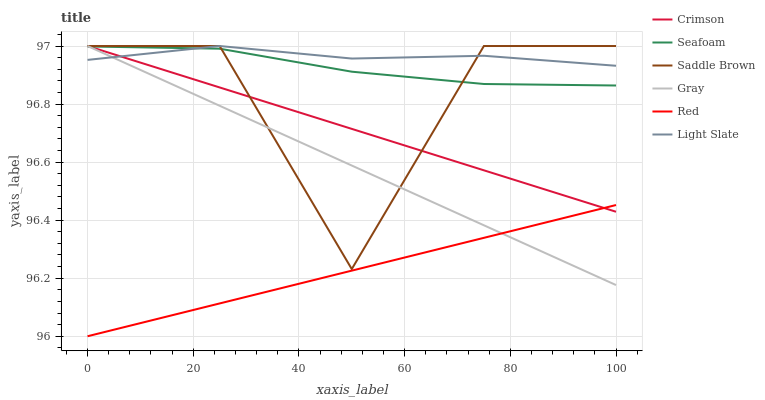
| xaxis_label | Crimson | Seafoam | Saddle Brown | Gray | Red | Light Slate |
 | --- | --- | --- | --- | --- | --- | --- |
 | 0 | 97 | 97 | 97 | 97 | 96 | 97 |
 | 25 | 96.9 | 97 | 97 | 96.8 | 96.1 | 97 |
 | 50 | 96.7 | 96.9 | 96.2 | 96.6 | 96.2 | 97 |
 | 75 | 96.6 | 96.9 | 97 | 96.4 | 96.3 | 97 |
 | 100 | 96.4 | 96.9 | 97 | 96.2 | 96.5 | 96.9 |